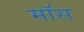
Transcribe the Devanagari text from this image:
माॅस